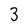
Character: 3